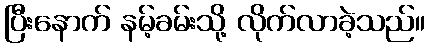
ပြီးနောက် နမ့်ခမ်းသို့ လိုက်လာခဲ့သည်။